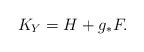
LaTeX: \begin{align*}K_Y=H+g_{\ast}F.\end{align*}